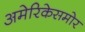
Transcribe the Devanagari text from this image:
अमेरिकेसमोर